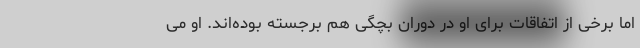
اما برخی از اتفاقات برای او در دوران بچگی هم برجسته بوده‌اند. او می